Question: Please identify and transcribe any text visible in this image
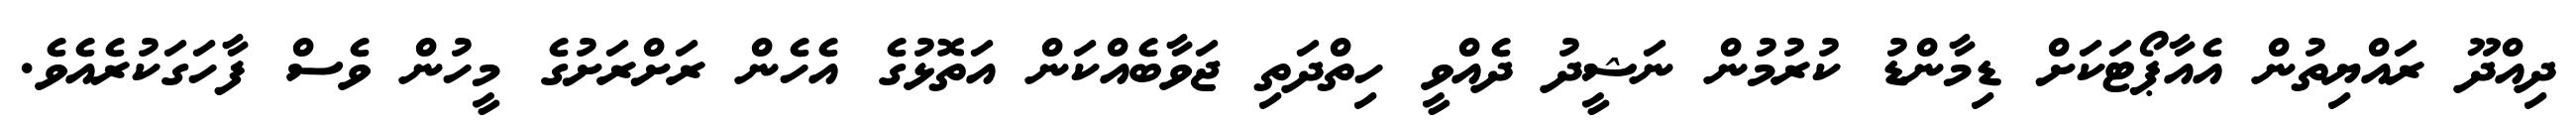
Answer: ދިއްދޫ ރައްޔިތުން އެއާޕޯޓަކަށް ޑިމާންޑު ކުރުމުން ނަޝީދު ދެއްވީ ހިތްދަތި ޖަވާބެއްކަން އަތޮޅުގެ އެހެން ރަށްރަށުގެ މީހުން ވެސް ފާހަގަކުރެއެވެ.